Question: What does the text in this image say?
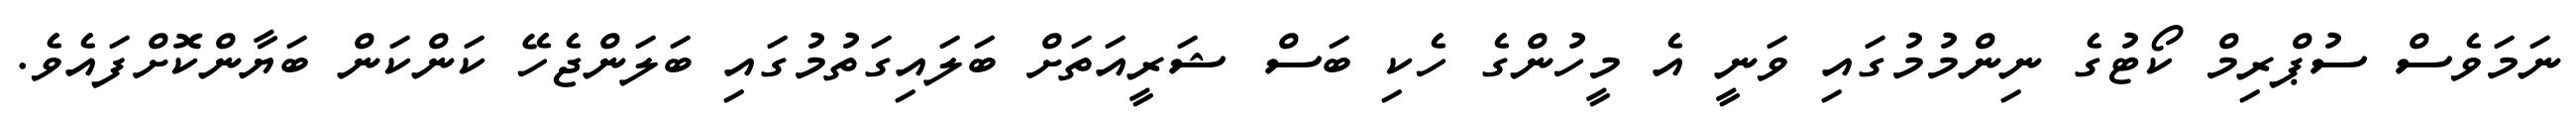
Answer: ނަމަވެސް ސުޕްރިމް ކޯޓުގެ ނިންމުމުގައި ވަނީ އެ މީހުންގެ ހެކި ބަސް ޝަރީއަތަށް ބަލައިގަތުމުގައި ބަލަންޖެހޭ ކަންކަން ބަޔާންކޮށްފައެވެ.